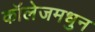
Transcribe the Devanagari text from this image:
कॉलेजमधुन